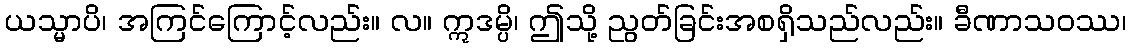
ယသ္မာပိ၊ အကြင်ကြောင့်လည်း။ လ။ ဣဒမ္ပိ၊ ဤသို့ ညွတ်ခြင်းအစရှိသည်လည်း။ ခီဏာသဝဿ၊